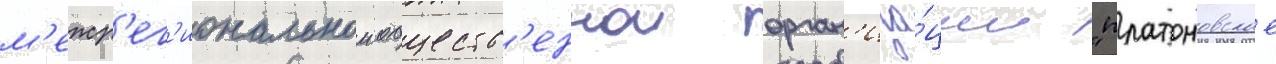
м'ежр'ег'иональнои обществ'еннои орган'иза́ции "платоновское